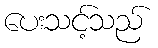
ပေးသင့်သည်